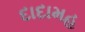
દાદામહ